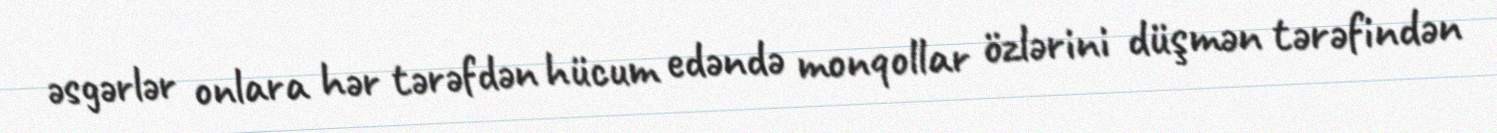
əsgərlər onlara hər tərəfdən hücum edəndə monqollar özlərini düşmən tərəfindən